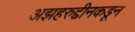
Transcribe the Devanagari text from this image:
अझहरुद्दीनकडून